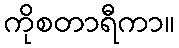
ကိုစတာရီကာ။